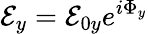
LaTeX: \mathcal{E}_{y}=\mathcal{E}_{0y}e^{i\Phi_{y}}